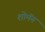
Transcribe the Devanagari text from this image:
शोमॅन